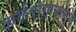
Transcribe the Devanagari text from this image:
कर्करोगापासून